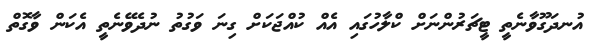
އުނދަގޫވާނެތީ ޓީޗަރުންނަށް ކްލާހުގައި އެއް ކުއްޖަކަށް ގިނަ ވަގުތު ނުދެވޭނެތީ އެކަން ވާގޮތް